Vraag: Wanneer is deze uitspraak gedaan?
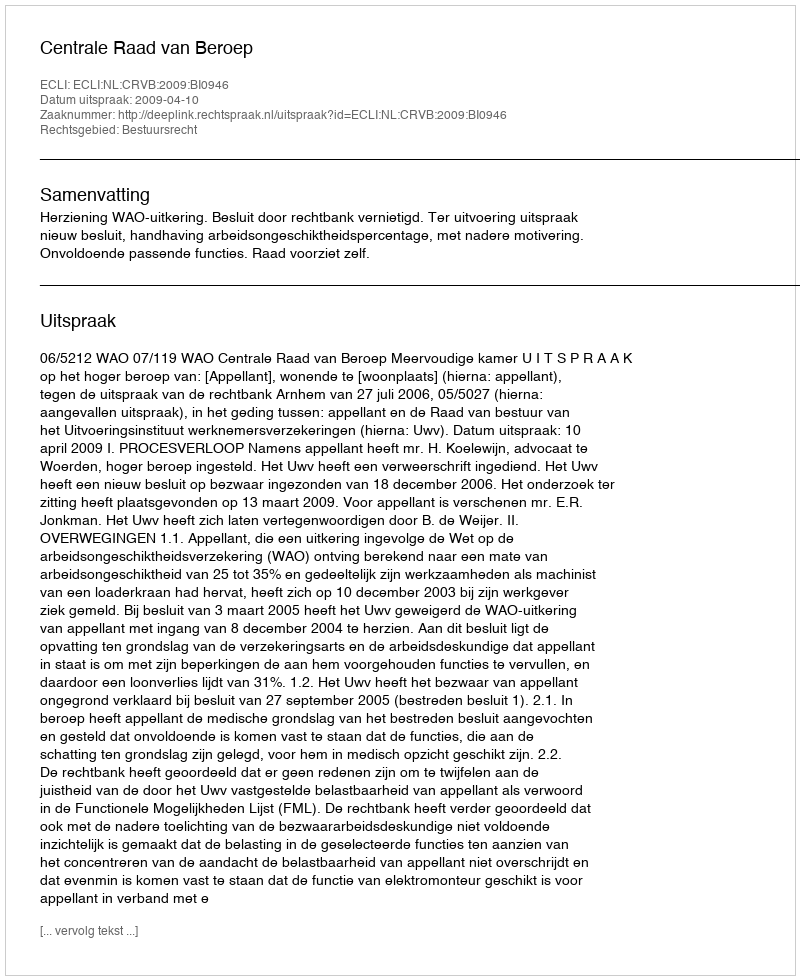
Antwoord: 2009-04-10